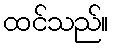
ထင်သည်။